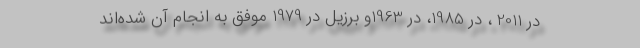
در 2011 ، در 1985، در 1963و برزیل در 1979 موفق به انجام آن شده‌اند